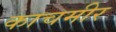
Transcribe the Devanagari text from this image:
काचमीर